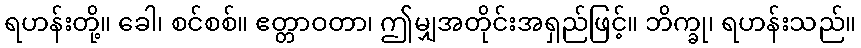
ရဟန်းတို့။ ခေါ၊ စင်စစ်။ ဧတ္တာဝတာ၊ ဤမျှအတိုင်းအရှည်ဖြင့်။ ဘိက္ခု၊ ရဟန်းသည်။